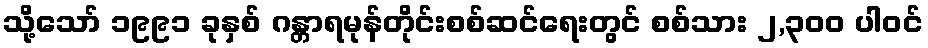
သို့သော် ၁၉၉၁ ခုနှစ် ဂန္တာရမုန်တိုင်းစစ်ဆင်ရေးတွင် စစ်သား ၂,၃၀၀ ပါဝင်